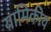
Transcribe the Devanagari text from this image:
यामिकीय